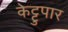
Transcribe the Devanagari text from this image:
केट्टुपार